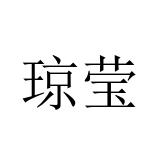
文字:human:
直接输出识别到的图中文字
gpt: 琼莹